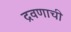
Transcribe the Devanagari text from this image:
द्रवणाची